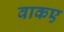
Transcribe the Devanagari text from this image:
वाकए